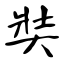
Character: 奘